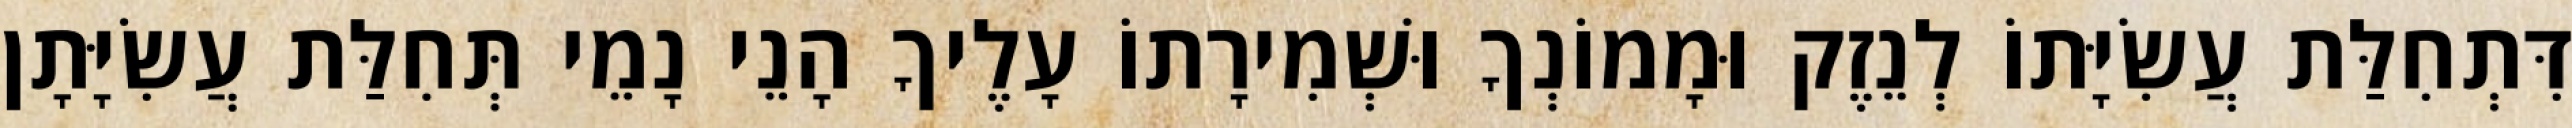
דִּתְחִלַּת עֲשִׂיָּתוֹ לְנֵזֶק וּמָמוֹנְךָ וּשְׁמִירָתוֹ עָלֶיךָ הָנֵי נָמֵי תְּחִלַּת עֲשִׂיָּתָן